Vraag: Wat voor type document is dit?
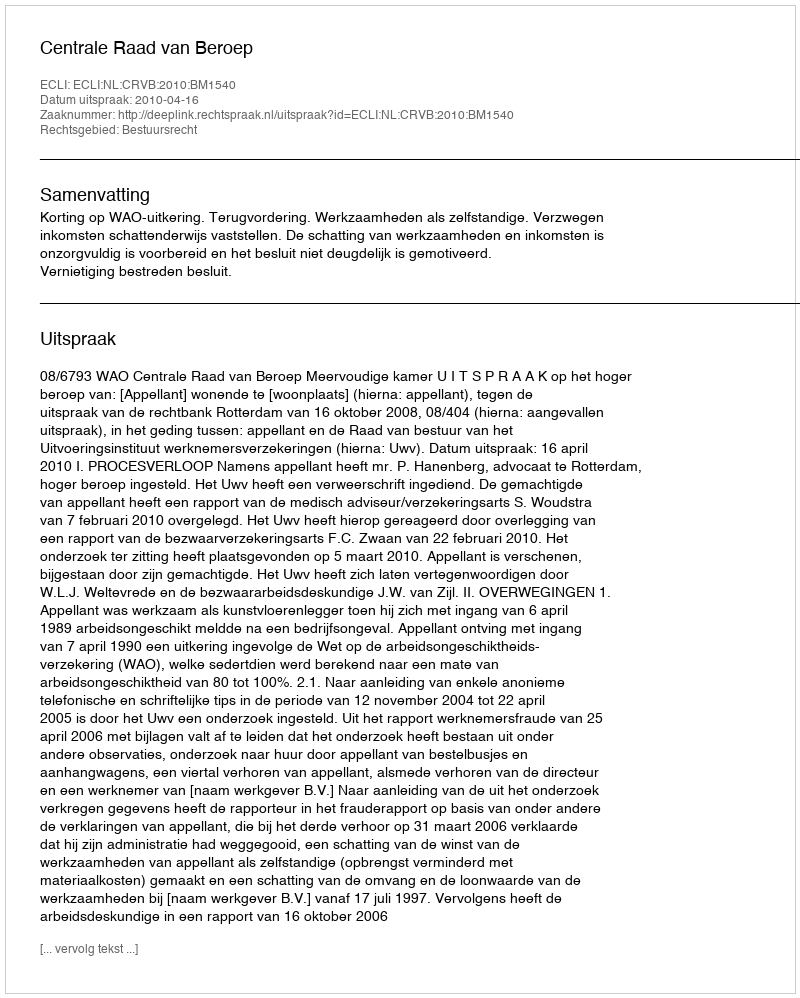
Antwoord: Uitspraak